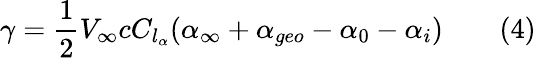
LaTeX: \gamma={\frac{1}{2}}V_{\infty}cC_{l_{\alpha}}(\alpha_{\infty}+\alpha_{geo}-\alpha_{0}-\alpha_{i})\qquad(4)